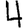
Digit: 4